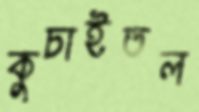
কুচাইতল